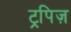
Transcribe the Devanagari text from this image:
ट्रपिज़